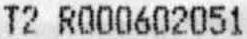
T2 R000602051